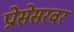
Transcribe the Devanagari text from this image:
प्रोसेसरवर